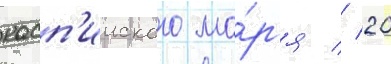
касп'ииского мо́р'я // 20